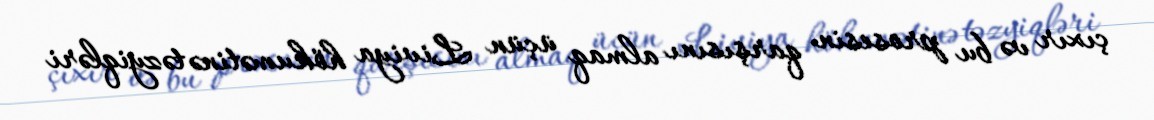
çıxır və bu prosesin qarşısını almaq üçün Liviya hökumətinə təzyiqləri